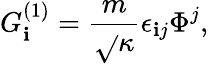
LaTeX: G_{\mathbf{i}}^{(1)}=\frac{{m}}{{\sqrt{}{{\kappa}}}}\epsilon_{\mathbf{i}j}\Phi^{j},